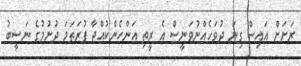
ރަށަށް އައިސް ގިނަ ދުވަހެއްނުވަނީސް އެ ރީތި އަންހެންކުއްޖާ ފުރަތަމަ ދުށުމުގެ ނަސީބު